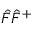
{ \hat { F } } { \hat { F } } ^ { + }